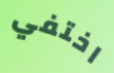
اختفي